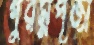
গুরম্নপূজা